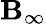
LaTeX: \mathbf{B}_{\infty}